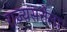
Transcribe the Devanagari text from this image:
राज्यसत्तेला